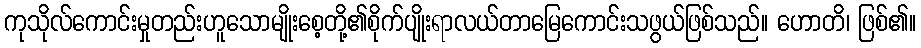
ကုသိုလ်ကောင်းမှုတည်းဟူသောမျိုးစေ့တို့၏စိုက်ပျိုးရာလယ်တာမြေကောင်းသဖွယ်ဖြစ်သည်။ ဟောတိ၊ ဖြစ်၏။